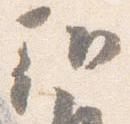
朝